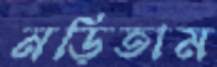
নড়িতাম